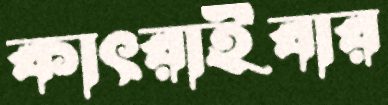
কাৎরাইবার